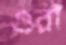
ওরাঁ